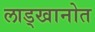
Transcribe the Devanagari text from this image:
लाड्खानोत